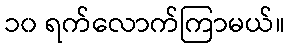
၁၀ ရက်လောက်ကြာမယ်။